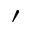
'